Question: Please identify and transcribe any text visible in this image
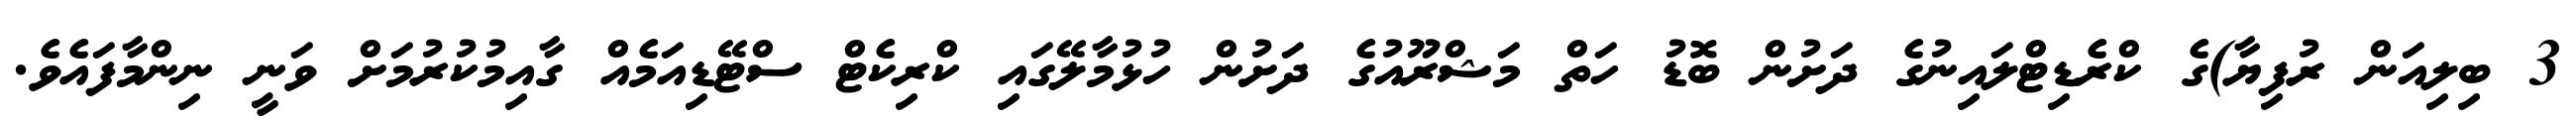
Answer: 3 ބިލިއަން ރުފިޔާ)ގެ ކްރެޑިޓްލައިނުގެ ދަށުން ބޮޑު ހަތް މަޝްރޫއުގެ ދަށުން ހުޅުމާލޭގައި ކްރިކެޓް ސްޓޭޑިއަމެއް ގާއިމުކުރުމަށް ވަނީ ނިންމާފައެވެ.